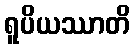
ရူပိယဿာတိ